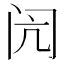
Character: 闶